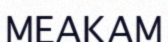
МЕАКАМ